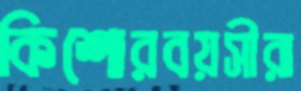
কিশোরবয়সীরা